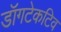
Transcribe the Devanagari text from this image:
डॉगटेकटिव